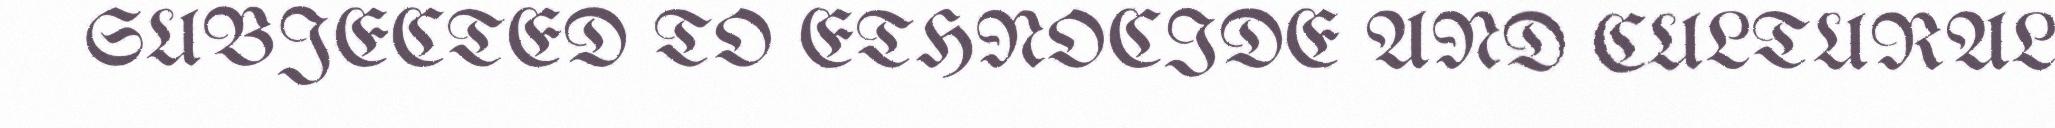
SUBJECTED TO ETHNOCIDE AND CULTURAL